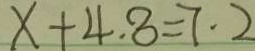
x + 4 . 8 = 7 . 2